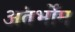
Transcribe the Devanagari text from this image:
अंतर्भोम